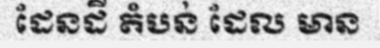
ដែនដី តំបន់ ដែល មាន